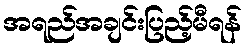
အရည်အချင်းပြည့်မီရန်